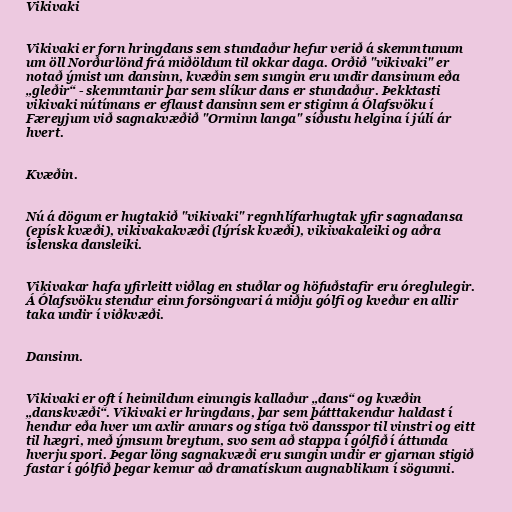
Vikivaki

Vikivaki er forn hringdans sem stundaður hefur verið á skemmtunum
um öll Norðurlönd frá miðöldum til okkar daga. Orðið "vikivaki" er
notað ýmist um dansinn, kvæðin sem sungin eru undir dansinum eða
„gleðir“ - skemmtanir þar sem slíkur dans er stundaður. Þekktasti
vikivaki nútímans er eflaust dansinn sem er stiginn á Ólafsvöku í
Færeyjum við sagnakvæðið "Orminn langa" síðustu helgina í júlí ár
hvert.

Kvæðin.

Nú á dögum er hugtakið "vikivaki" regnhlífarhugtak yfir sagnadansa
(epísk kvæði), vikivakakvæði (lýrísk kvæði), vikivakaleiki og aðra
íslenska dansleiki.

Vikivakar hafa yfirleitt viðlag en stuðlar og höfuðstafir eru óreglulegir.
Á Ólafsvöku stendur einn forsöngvari á miðju gólfi og kveður en allir
taka undir í viðkvæði.

Dansinn.

Vikivaki er oft í heimildum einungis kallaður „dans“ og kvæðin
„danskvæði“. Vikivaki er hringdans, þar sem þátttakendur haldast í
hendur eða hver um axlir annars og stíga tvö dansspor til vinstri og eitt
til hægri, með ýmsum breytum, svo sem að stappa í gólfið í áttunda
hverju spori. Þegar löng sagnakvæði eru sungin undir er gjarnan stigið
fastar í gólfið þegar kemur að dramatískum augnablikum í sögunni.